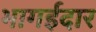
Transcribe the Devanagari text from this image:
भागईदार